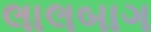
લાલબાગ